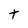
Character: t